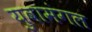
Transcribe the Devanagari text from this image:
युवामंगल